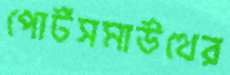
পোর্টসমাউথের